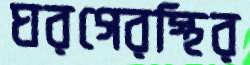
ঘরগেরস্থির